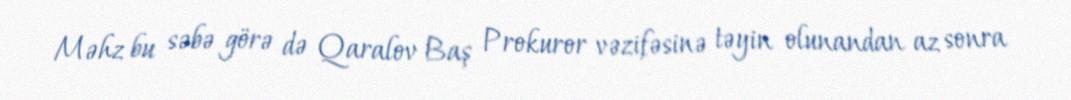
Məhz bu səbə görə də Qaralov Baş Prokuror vəzifəsinə təyin olunandan az sonra